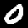
Digit: 0